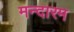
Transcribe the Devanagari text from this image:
मन्दारम